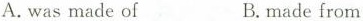
A.was made of B.made from